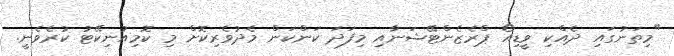
"މިތަނުގައި ދެއްކި ވީޑިއޯ ޕްރެޒެންޓޭޝަނާއި މިފަދަ ކަންކަން މެދުވެރިކޮށް މި ކޮމިއުނިކޭޓު ކުރެވެނީ.